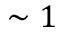
\sim 1